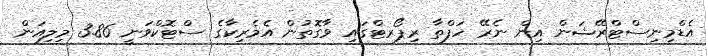
އެޑްމިނިސްޓްރޭޝަން އިން ނެރޭ ހަފްތާ ރިޕޯރޓްގައި ވާގޮތުން އެމެރިކާގެ ސްޓޮކްވަނީ 3.86 މިލިއަން